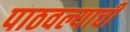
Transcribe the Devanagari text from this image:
पाठवल्याची